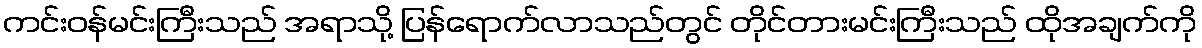
ကင်းဝန်မင်းကြီးသည် အရာသို့ ပြန်ရောက်လာသည်တွင် တိုင်တားမင်းကြီးသည် ထိုအချက်ကို